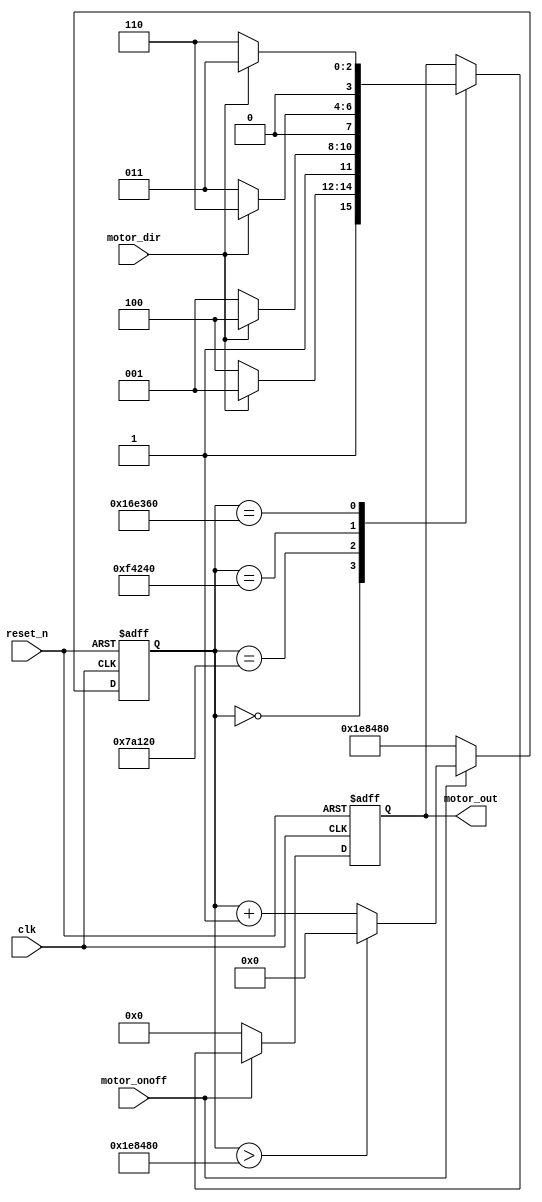
`timescale 1ns / 1ps

module step_motor(
    input wire clk,
    input wire reset_n,
    input wire motor_onoff,
    input wire motor_dir,
    output reg [3:0] motor_out //A,B,nA,nB
);
    reg sw_onoff = 1'b0;
    reg sw_dir = 1'b0;
    reg [25:0] count;
    
//    always @ (motor_onoff, sw_onoff) begin
//        if (!motor_onoff)   sw_onoff    <=  ~sw_onoff;
//        else                sw_onoff    <=  sw_onoff;
//    end
//    always @ (motor_dir, sw_dir) begin
//        if (!motor_dir) sw_dir <= ~sw_dir;
//        else            sw_dir <= sw_dir;
//    end
    
    always @ (*) begin
        sw_onoff    =   motor_onoff;
        sw_dir      =   motor_dir;
    end
    
    always @ (posedge clk, negedge reset_n) begin
        if (!reset_n) begin
            motor_out <=4'b0;
            count <= 26'd0;
        end 
        else begin
            if (sw_onoff == 1) begin
                if (count > 26'd2000000 )   count   <=  26'd0;
                else                        count   <=  count + 1;
                case (count)
                    0: begin
                        if(sw_dir)  motor_out <= 4'b1001;   //sw_dir == 1 --> right rotation
                        else        motor_out <= 4'b1100;   //sw_dir == 0 --> left rotation
                    end
                    500000: begin
                        if(sw_dir)  motor_out <= 4'b1100;
                        else        motor_out <= 4'b1001;
                    end
                    1000000: begin
                        if(sw_dir)  motor_out <= 4'b0110;
                        else        motor_out <= 4'b0011;
                    end
                    1500000: begin
                        if(sw_dir)      motor_out <= 4'b0011;
                        else            motor_out <= 4'b0110;
                    end
                    default :           motor_out <=  motor_out;
                endcase
            end 
            else begin
                motor_out <= 4'b0;
                count <= 26'd2000000;
            end
        end
    end
endmodule